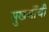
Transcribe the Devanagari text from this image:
मुखर्जीची